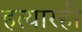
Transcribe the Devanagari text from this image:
हत्यारही